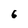
Character: 6